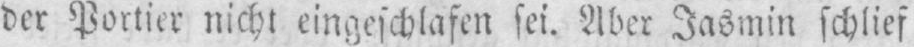
der Portier nicht eingeschlafen sei. Aber Jasmin schlief